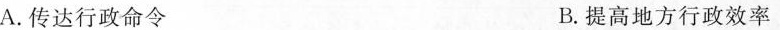
A.传达行政命令 B.提高地方行政效率